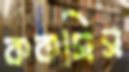
ককসিস